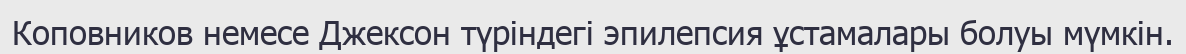
Коповников немесе Джексон түріндегі эпилепсия ұстамалары болуы мүмкін.